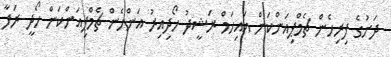
ދަށުގެ ފިރިހެން ޗެމްޕިއަންކަން އައިހަމް ރަޝީދު ހޯދިއިރު އަންހެން ޗެމްޕިއަންކަން ހޯދީ ރަފާ